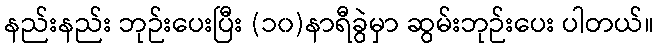
နည်းနည်း ဘုဉ်းပေးပြီး (၁၀)နာရီခွဲမှာ ဆွမ်းဘုဉ်းပေး ပါတယ်။